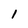
Character: 1